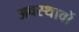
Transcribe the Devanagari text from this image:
अवस्थावों